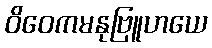
ဝိဝေကမနုဗြူဟယေ